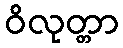
ဝိလုတ္တာ